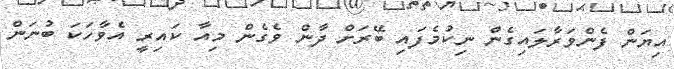
އިޔަން ފެންވަރާލައިގެން ނިކުމެފައި ބޭރަށް ދާން ވެގެން މިއާ ކައިރީ އެވާހަކަ ބުނަން